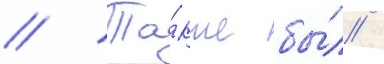
// Та́кже бы́л /